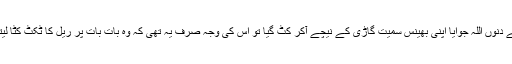
پچھلے دنوں اللہ جوایا اپنی بھینس سمیت گاڑی کے نیچے آکر کٹ گیا تو اس کی وجہ صرف یہ تھی کہ وہ بات بات پر ریل کا ٹکٹ کٹا لیتا تھا۔